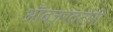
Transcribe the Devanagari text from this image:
ऑबज़रवटोरी